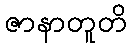
ဇာနာတူတိ